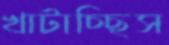
খাটাচ্ছিস